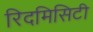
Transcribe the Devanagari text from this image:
रिदमिसिटी